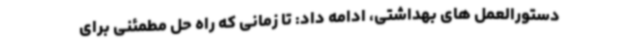
دستورالعمل های بهداشتی، ادامه داد: تا زمانی که راه حل مطمئنی برای